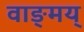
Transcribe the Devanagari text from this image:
वाङ्मय्